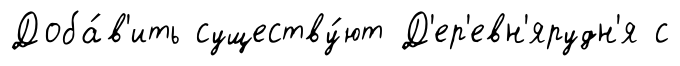
Доба́в'ить существу́ют Д'ер'евн'ярудн'я с